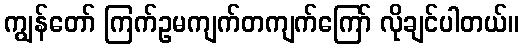
ကျွန်တော် ကြက်ဥမကျက်တကျက်ကြော် လိုချင်ပါတယ်။